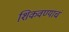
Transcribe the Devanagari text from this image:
शिकवण्याचं